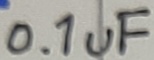
Text: 0.1uF